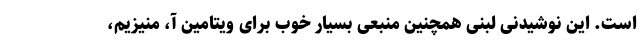
است. این نوشیدنی لبنی همچنین منبعی بسیار خوب برای ویتامین آ، منیزیم،